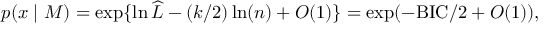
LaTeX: p ( x \mid M ) = \exp \{ \ln { \widehat { L } } - ( k / 2 ) \ln ( n ) + O ( 1 ) \} = \exp ( - \mathrm { B I C } / 2 + O ( 1 ) ) ,